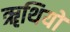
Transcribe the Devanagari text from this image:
ॠथियों